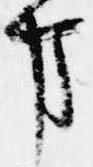
事